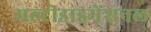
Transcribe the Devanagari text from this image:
मल्टीडाइमेंशनल